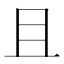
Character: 且